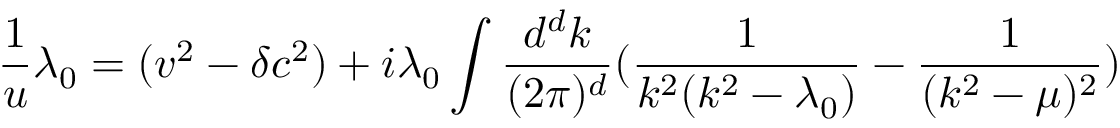
\frac { 1 } { u } \lambda _ { 0 } = ( v ^ { 2 } - \delta c ^ { 2 } ) + i \lambda _ { 0 } \int \frac { d ^ { d } k } { ( 2 \pi ) ^ { d } } ( \frac { 1 } { k ^ { 2 } ( k ^ { 2 } - \lambda _ { 0 } ) } - \frac { 1 } { ( k ^ { 2 } - \mu ) ^ { 2 } } )